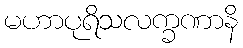
မဟာပုရိသလက္ခဏာနိ